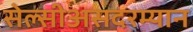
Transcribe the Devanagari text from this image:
सेल्सीअसदरम्यान